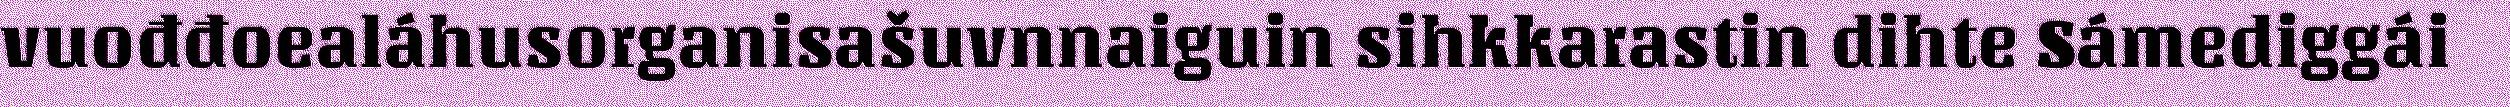
vuođđoealáhusorganisašuvnnaiguin sihkkarastin dihte Sámediggái